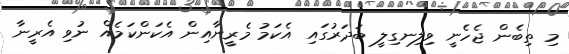
މި ތިބެން ޖެހެނީ ވިލިނގިލީ ބަދަރުގައި އެކަމު މެރީނާއިން އެކަންކަމެއް ނުވި އެރީނާ